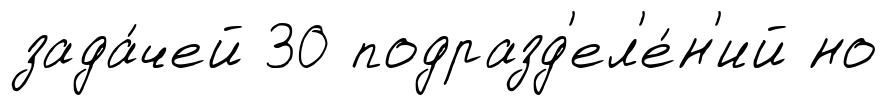
зада́чей 30 подразд'ел'е́н'ий но